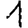
Digit: 1